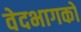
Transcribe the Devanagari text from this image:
वेदभागको